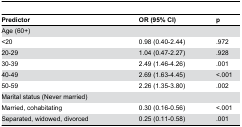
<table><thead><tr><td><b>Predictor</b></td><td><b>OR (95% CI)</b></td><td><b>p</b></td></tr></thead><tbody><tr><td>Age (60+)</td><td></td><td></td></tr><tr><td>&lt;20</td><td>0.98 (0.40-2.44)</td><td>.972</td></tr><tr><td>20-29</td><td>1.04 (0.47-2.27)</td><td>.928</td></tr><tr><td>30-39</td><td>2.49 (1.46-4.26)</td><td>.001</td></tr><tr><td>40-49</td><td>2.69 (1.63-4.45)</td><td>&lt;.001</td></tr><tr><td>50-59</td><td>2.26 (1.35-3.80)</td><td>.002</td></tr><tr><td>Marital status (Never married)</td><td></td><td></td></tr><tr><td>Married, cohabitating</td><td>0.30 (0.16-0.56)</td><td>&lt;.001</td></tr><tr><td>Separated, widowed, divorced</td><td>0.25 (0.11-0.58)</td><td>.001</td></tr></tbody></table>